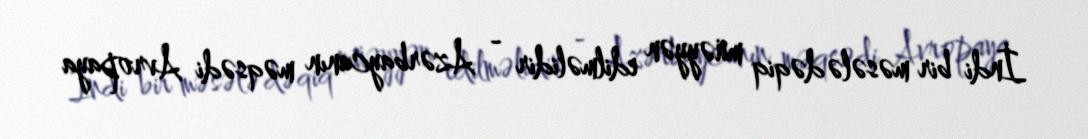
İndi bir məsələ dəqiq müəyyən edilməlidir - Azərbaycanın məqsədi Avropaya